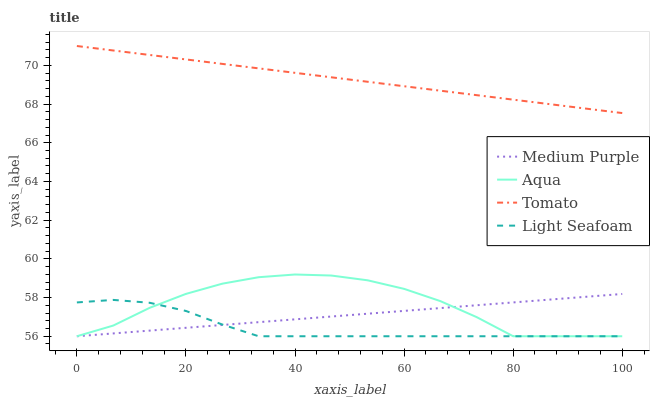
| xaxis_label | Medium Purple | Aqua | Tomato | Light Seafoam |
 | --- | --- | --- | --- | --- |
 | 0 | 56 | 56 | 71 | 57.7 |
 | 6.67 | 56.1 | 56.6 | 70.8 | 57.9 |
 | 13.3 | 56.3 | 57.5 | 70.5 | 57.7 |
 | 20 | 56.4 | 58.2 | 70.3 | 57.3 |
 | 26.7 | 56.6 | 58.7 | 70.1 | 56.6 |
 | 33.3 | 56.7 | 59.1 | 69.8 | 56 |
 | 40 | 56.9 | 59.2 | 69.6 | 56 |
 | 46.7 | 57 | 59.1 | 69.4 | 56 |
 | 53.3 | 57.2 | 58.9 | 69.2 | 56 |
 | 60 | 57.3 | 58.4 | 68.9 | 56 |
 | 66.7 | 57.5 | 57.8 | 68.7 | 56 |
 | 73.3 | 57.6 | 57 | 68.5 | 56 |
 | 80 | 57.7 | 56 | 68.2 | 56 |
 | 86.7 | 57.9 | 56 | 68 | 56 |
 | 93.3 | 58 | 56 | 67.8 | 56 |
 | 100 | 58.2 | 56 | 67.5 | 56 |